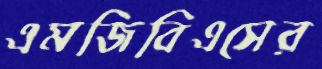
এমজিবিএসের